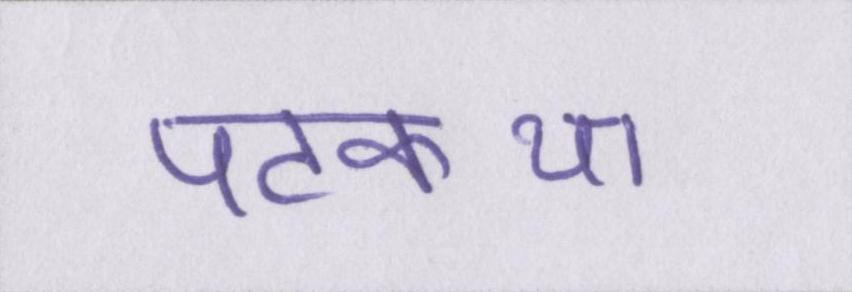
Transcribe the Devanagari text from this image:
पटकथा